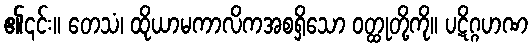
၏၎င်း။ တေသံ၊ ထိုယာမကာလိကအစရှိသော ဝတ္ထုတို့ကို။ ပဋိဂ္ဂဟဏ